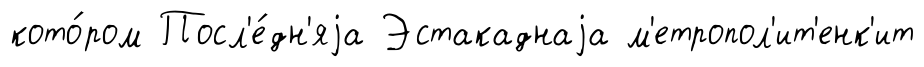
кото́ром Посл'е́дн'яjа Эстакаднаjа м'етропол'ит'енк'ит